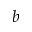
b